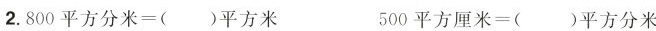
2.800平方分米=( )平方米 500平方厘米=( )平方分米